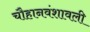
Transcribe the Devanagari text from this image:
चौहानवंशावली